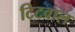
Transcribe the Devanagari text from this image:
टिटवाल